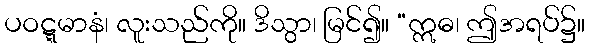
ပဝဋ္ဋမာနံ၊ လူးသည်ကို။ ဒိသွာ၊ မြင်၍။ “ဣဓ၊ ဤအရပ်၌။